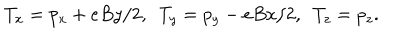
T _ { x } = p _ { x } + e B y / 2 , ~ ~ T _ { y } = p _ { y } - e B x / 2 , ~ ~ T _ { z } = p _ { z } .